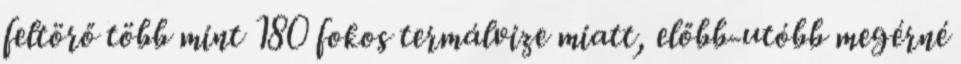
feltörő több mint 180 fokos termálvize miatt, előbb-utóbb megérné